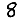
Digit: 8